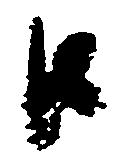
江